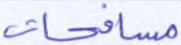
مسافحات